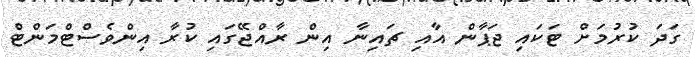
ގަދަ ކުރުމަށް ޓަކައި ޖަޕާން އާއި ޗައިނާ އިން ރާއްޖޭގައި ކުރާ އިންވެސްޓްމަންޓް